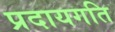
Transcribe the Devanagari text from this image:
प्रदायगति